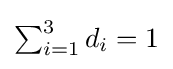
{\textstyle \sum _{i=1}^{3}d_{i}=1}